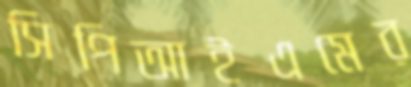
সিপিআইএমের